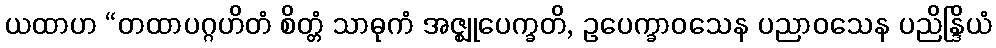
ယထာဟ “တထာပဂ္ဂဟိတံ စိတ္တံ သာဓုကံ အဇ္ဈုပေက္ခတိ, ဥပေက္ခာဝသေန ပညာဝသေန ပညိန္ဒြိယံ